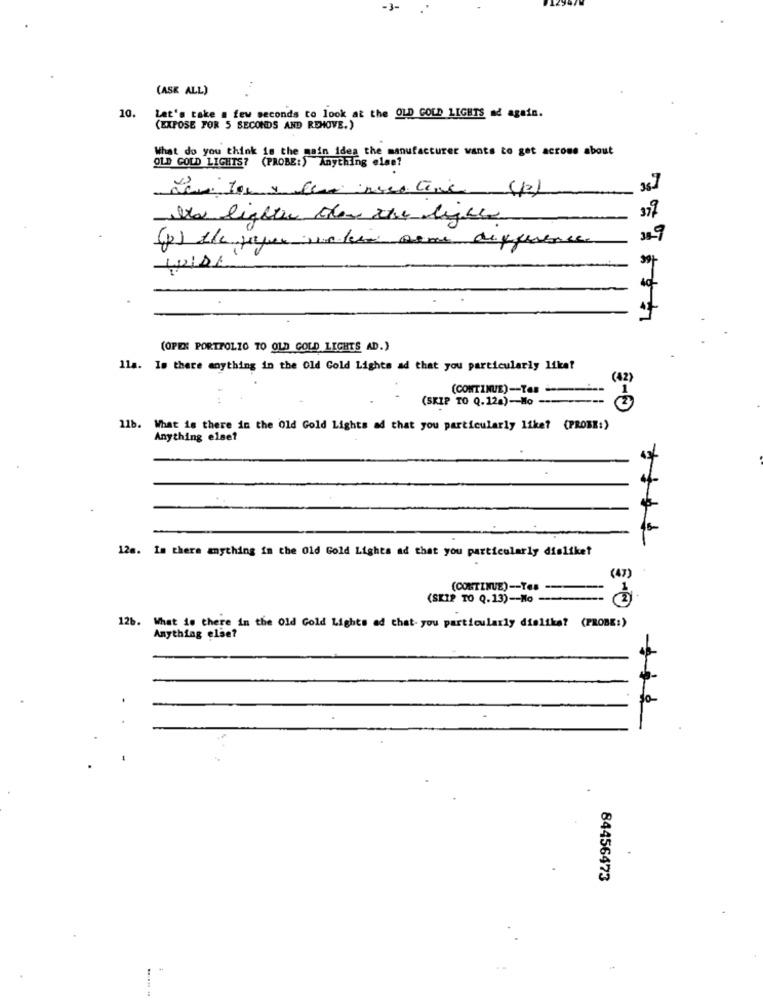
-3-
(ASK ALL)
10.
Let's take a few seconds to look at the OLD GOLD LIGHTS ad again.
(EXPOSE FOR 5 SECONDS AND REMOVE.)
What do you think is the main idea the manufacturer wants to get acrome about
OLD GOLD LIGHTS? (PROBE:) Anything else?
alta lighter then the lycee
38-9
(p) the paper sin kein some difference
(OPEN PORTFOLIO TO OLD GOLD LIGHTS AD.)
lla. Is there anything in the Old Gold Lights ad that you particularly liket
(42)
(CONTINUE)-TO -----
(SKIP TO Q.12a)-Mo --------
11b. What is there in the Old Gold Lights ad that you particularly like? (PROBE:)
Anything else?
12a. Is there anything in the Old Gold Lights ad that you particularly disliket
(4)
(CONTINUE)-Yes ---
(SKIP TO Q.13) -- No -----
12b.
What is there in the Old Gold Lights ad that- you particularly dialika? (PROBE:)
Anything else?
.
84456473